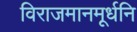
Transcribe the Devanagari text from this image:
विराजमानमूर्धनि